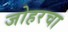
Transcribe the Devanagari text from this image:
जोहरचा